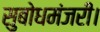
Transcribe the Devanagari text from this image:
सुबोधमंजरी।